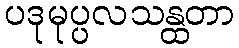
ပဒုမုပ္ပလသန္ထတာ